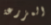
المزرعة